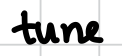
Text: tune
Cross-out: clean
Writing tool: digital_black